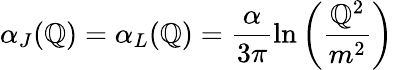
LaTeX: \alpha_{J}(\mathbb{Q})=\alpha_{L}(\mathbb{Q})=\frac{{\alpha}}{{3\pi}}\ln\left(\frac{{\mathbb{Q}^{2}}}{{m^{2}}}\right)